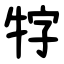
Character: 牸